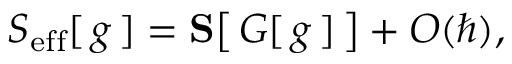
S _ { \mathrm { e f f } } [ \, g \, ] = \mathbf { S } \big [ \, G [ \, g \, ] \, \big ] + O ( \hbar ) ,